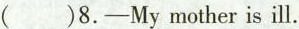
()8.— My mother is ill.